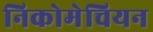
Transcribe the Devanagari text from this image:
निकोमेचियन